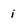
Character: i